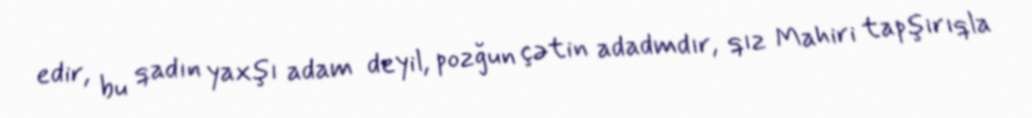
edir, bu qadın yaxşı adam deyil, pozğun çətin adadmdır, qız Mahiri tapşırıqla